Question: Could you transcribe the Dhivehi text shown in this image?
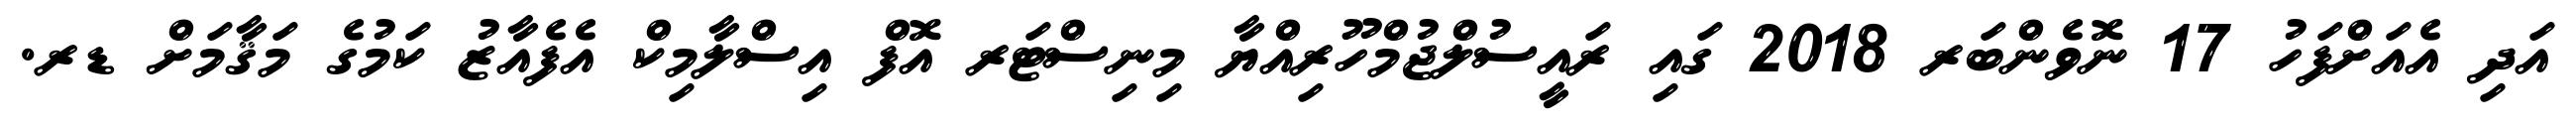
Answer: އަދި އެއަށްފަހު 17 ނޮވެންބަރ 2018 ގައި ރައީސުލްޖުމްހޫރިއްޔާ މިނިސްޓަރ އޮފް އިސްލާމިކް އެފެއާޒު ކަމުގެ މަޤާމަށް ޑރ.